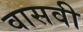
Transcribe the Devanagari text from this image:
वासवी